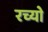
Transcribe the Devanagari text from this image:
रच्यो